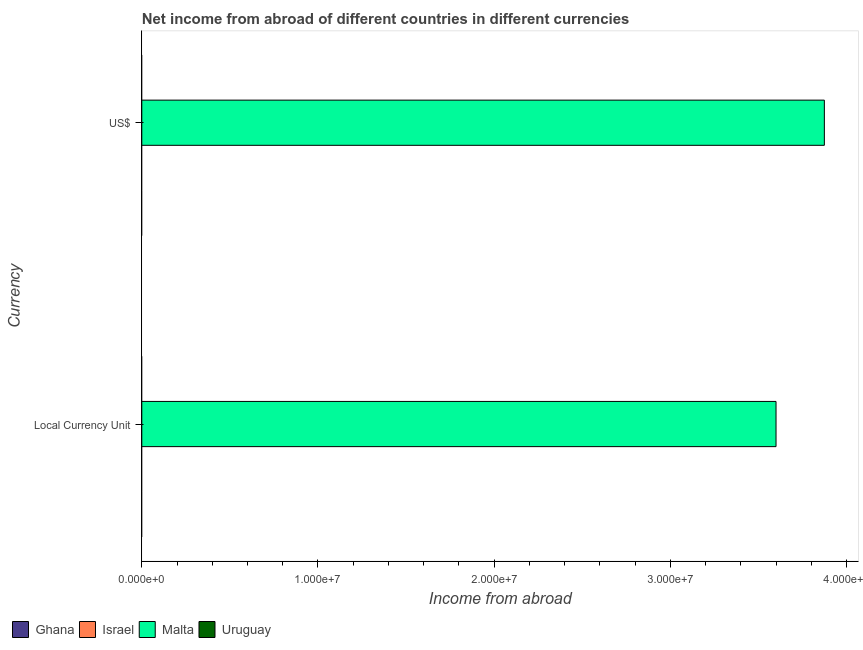
| Currency | Ghana | Israel | Malta | Uruguay |
 | --- | --- | --- | --- | --- |
 | Local Currency Unit | -4.37e+07 | -4.79e+10 | 3.6e+07 | -5.11e+08 |
 | US$ | -1.64e+08 | -1.16e+10 | 3.87e+07 | -4.5e+07 |